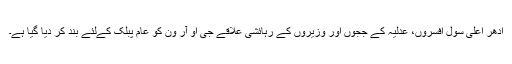
ادھر اعلیٰ سول افسروں، عدلیہ کے ججوں اور وزیروں کے رہائشی علاقے جی او آر ون کو عام پبلک کےلئے بند کر دیا گیا ہے۔